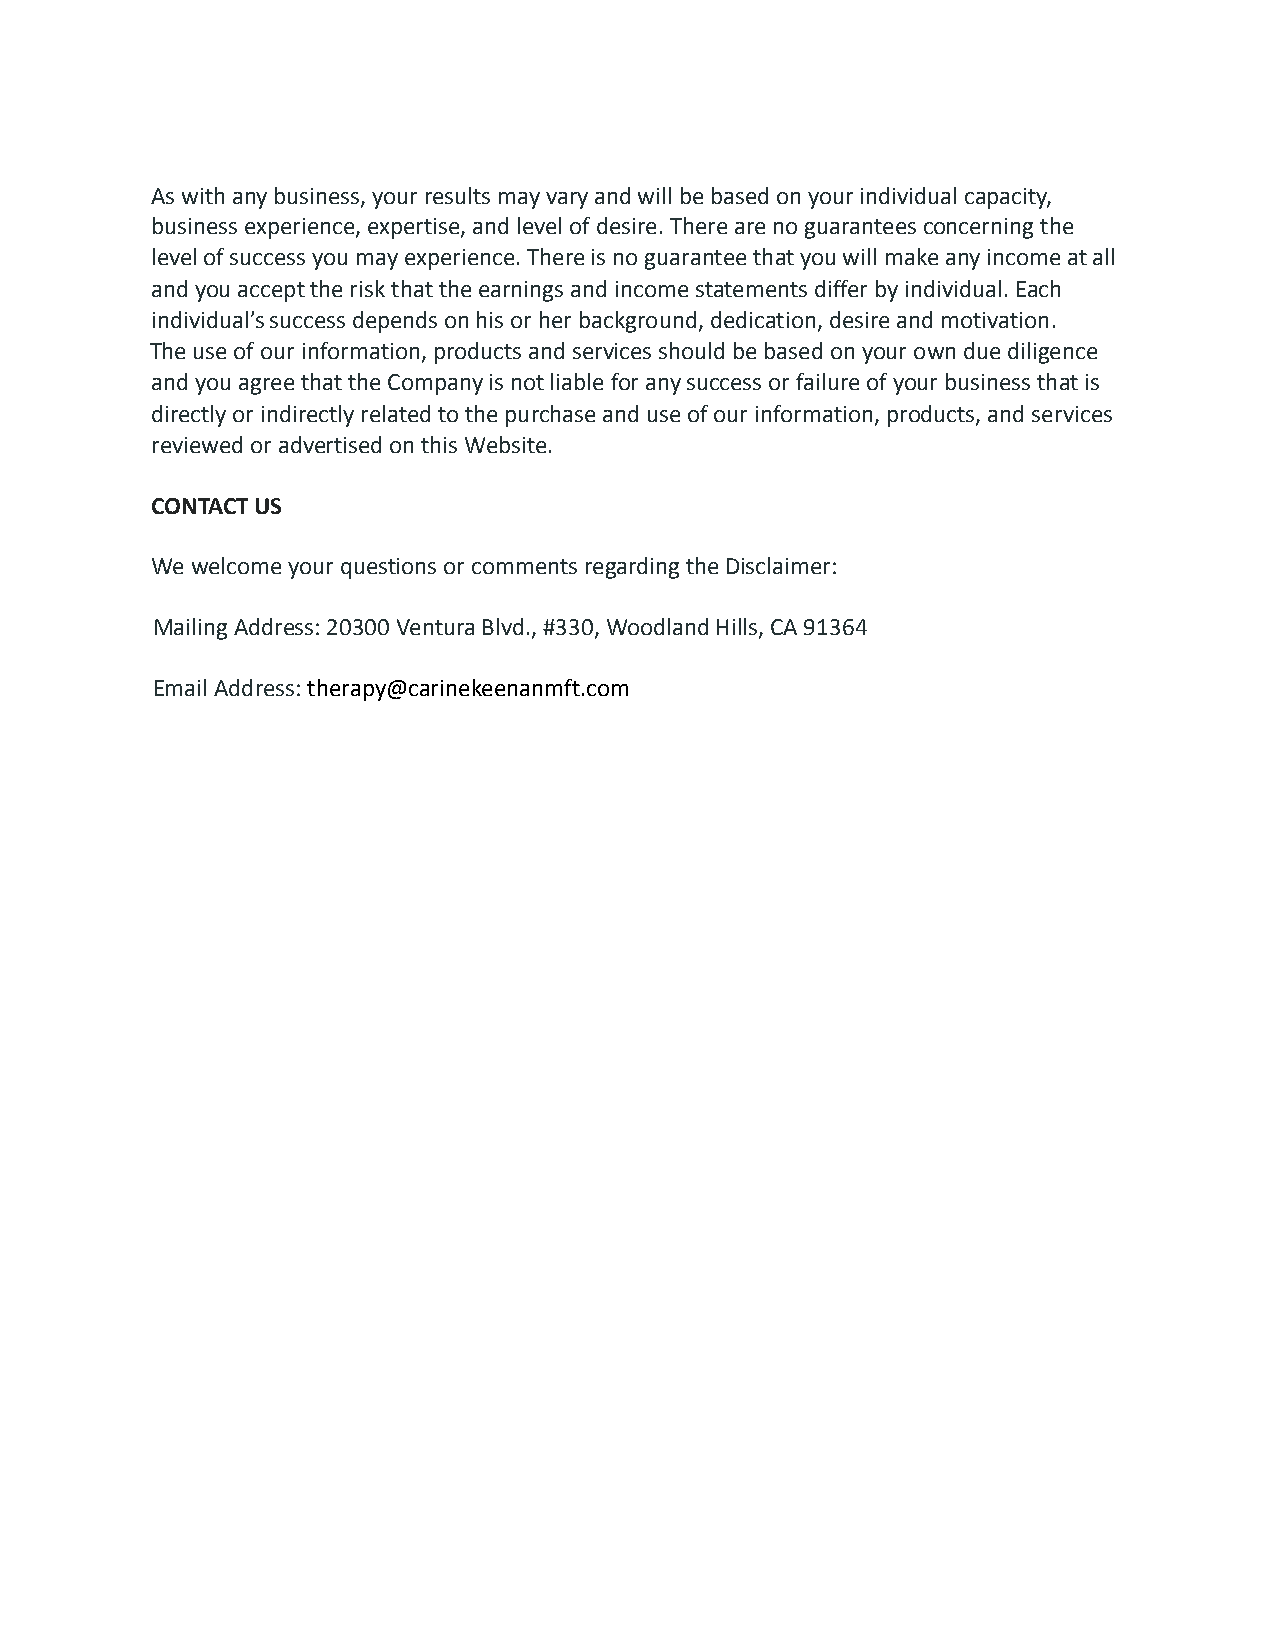
As with any business, your results may vary and will be based on your individual capacity,
 business experience, expertise, and level of desire. There are no guarantees concerning the
 level of success you may experience. There is no guarantee that you will make any income at all
 and you accept the risk that the earnings and income statements differ by individual. Each
 individual’s success depends on his or her background, dedication, desire and motivation.
 The use of our information, products and services should be based on your own due diligence
 and you agree that the Company is not liable for any success or failure of your business that is
 directly or indirectly related to the purchase and use of our information, products, and services
 reviewed or advertised on this Website.
 CONTACT US
 We welcome your questions or comments regarding the Disclaimer:
 Mailing Address: 20300 Ventura Blvd., #330, Woodland Hills, CA 91364
 Email Address:therapy@carinekeenanmft.com